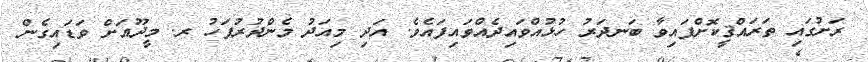
ރަށުގައި ތަރައްޤީކޮށްފައިވާ ބަނދަރު ހުޅުއްވައިދެއްވައިފައެވެ. އަދި މިއަދު މެންދުރުފަހު ރ. މީދޫއަށް ވަޑައިގެން